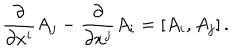
{ \frac { \partial } { \partial x ^ { i } } } A _ { j } - { \frac { \partial } { \partial x ^ { j } } } A _ { i } = [ A _ { i } , A _ { j } ] \, .